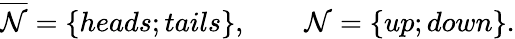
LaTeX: \begin{array}{r}{\overline{{\cal N}}=\{ heads;tails\} ,\qquad{\cal N}=\{ up;down\} .}\end{array}